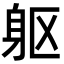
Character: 躯